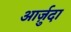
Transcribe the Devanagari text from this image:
आर्ज़ुदा